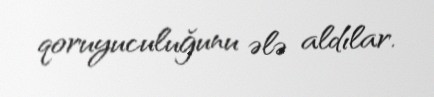
qoruyuculuğunu ələ aldılar.